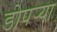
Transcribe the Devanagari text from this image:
डोपर्‍या